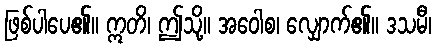
ဖြစ်ပါပေ၏။ ဣတိ၊ ဤသို့။ အဝေါစ၊ လျှောက်၏။ ဒသမီ၊